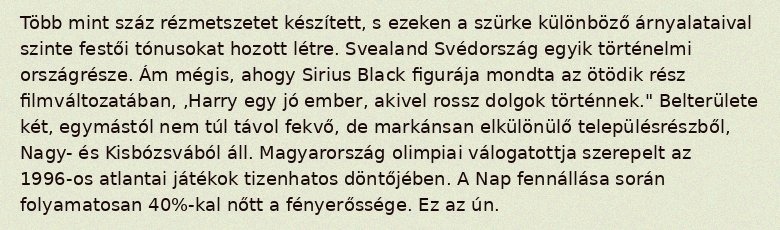
Több mint száz rézmetszetet készített, s ezeken a szürke különböző árnyalataival szinte festői tónusokat hozott létre. Svealand Svédország egyik történelmi országrésze. Ám mégis, ahogy Sirius Black figurája mondta az ötödik rész filmváltozatában, ,Harry egy jó ember, akivel rossz dolgok történnek." Belterülete két, egymástól nem túl távol fekvő, de markánsan elkülönülő településrészből, Nagy- és Kisbózsvából áll. Magyarország olimpiai válogatottja szerepelt az 1996-os atlantai játékok tizenhatos döntőjében. A Nap fennállása során folyamatosan 40%-kal nőtt a fényerőssége. Ez az ún.